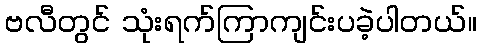
ဗလီတွင် သုံးရက်ကြာကျင်းပခဲ့ပါတယ်။